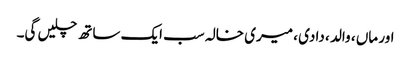
اور ماں ، والد ، دادی ، میری خالہ سب ایک ساتھ چلیں گی۔